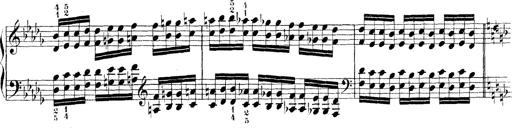
Title: Technische Studien
Composer: Franz Liszt